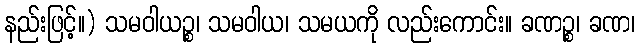
နည်းဖြင့်။) သမဝါယဉ္စ၊ သမဝါယ၊ သမယကို လည်းကောင်း။ ခဏဉ္စ၊ ခဏ၊